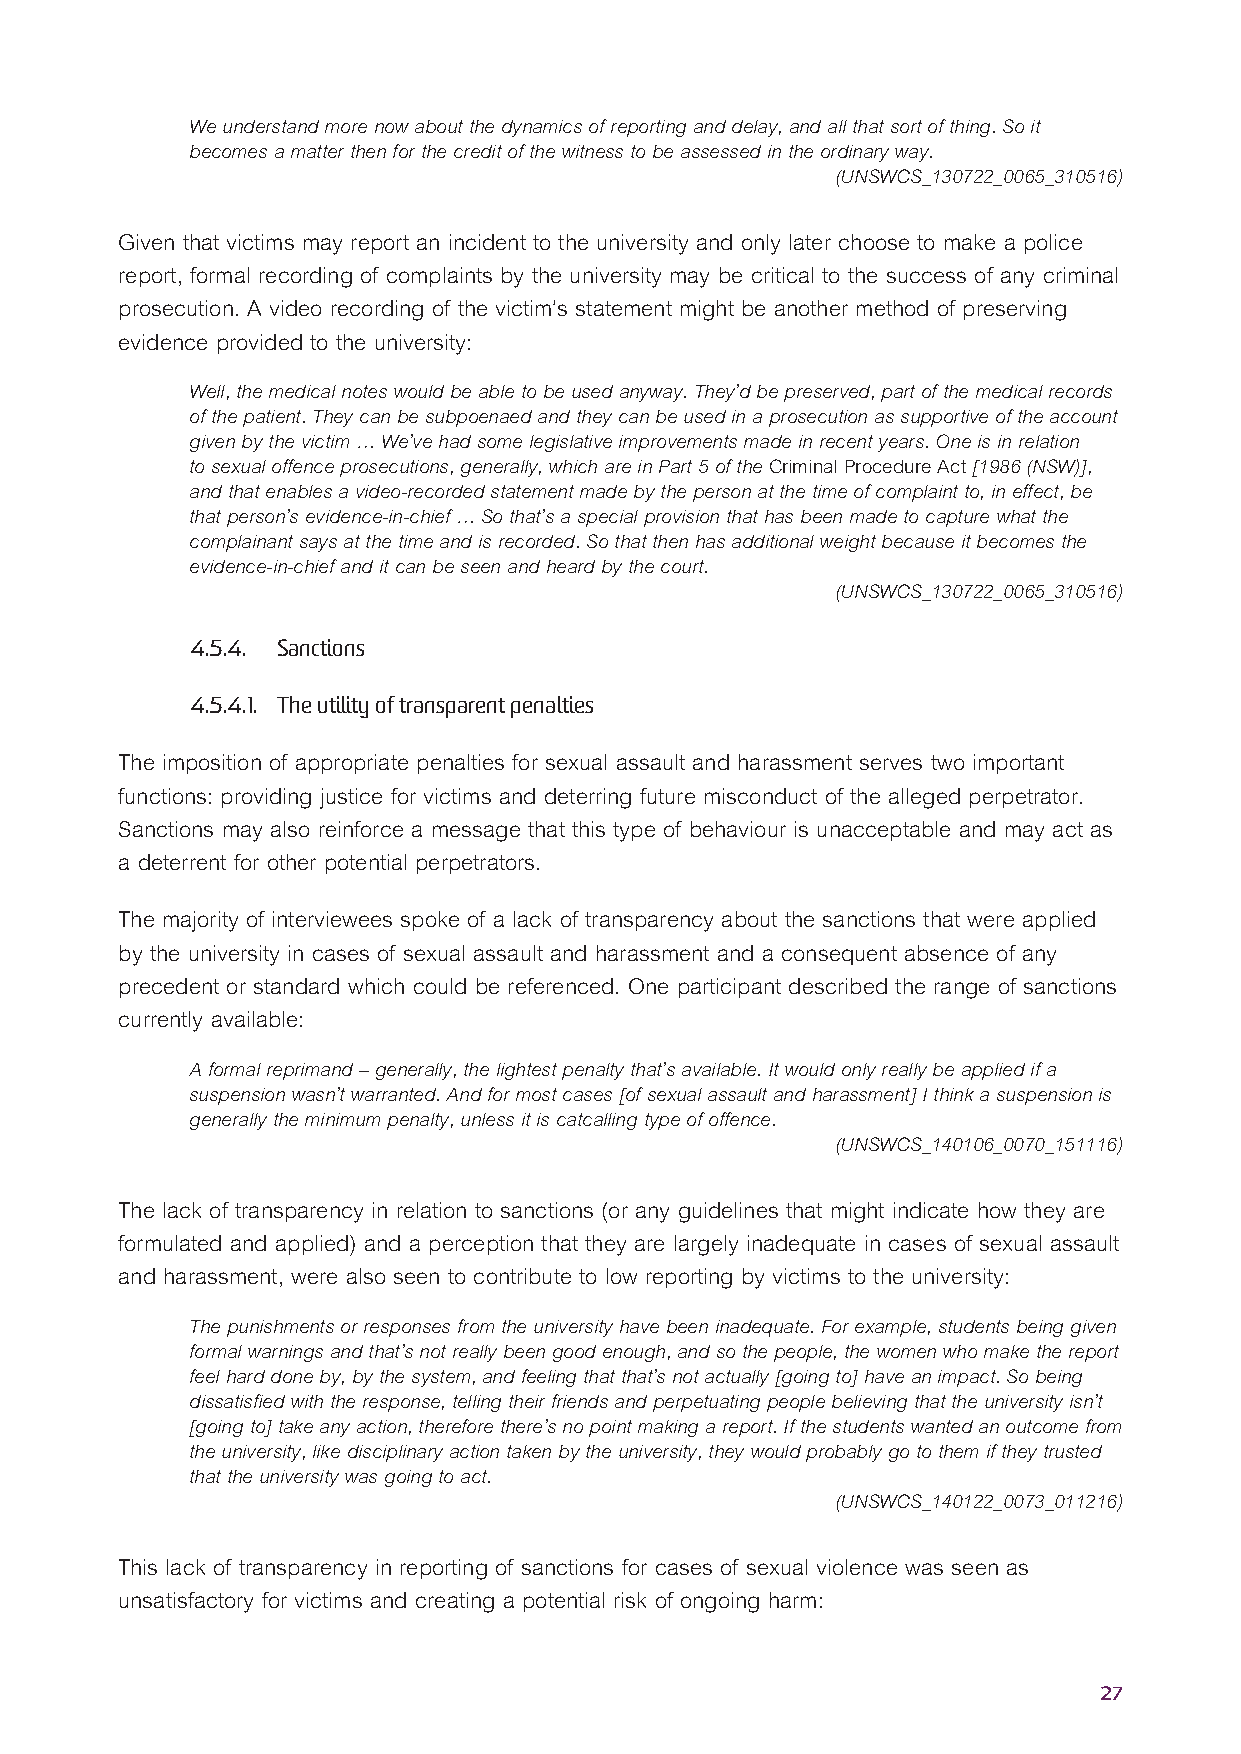
We understand more now about the dynamics of reporting and delay, and all that sort of thing. So it
 becomes a matter then for the credit of the witness to be assessed in the ordinary way.
 (UNSWCS_130722_0065_310516)
 Given that victims may report an incident to the university and only later choose to make a police
 report, formal recording of complaints by the university may be critical to the success of any criminal
 prosecution. A video recording of the victim’s statement might be another method of preserving
 evidence provided to the university:
 Well, the medical notes would be able to be used anyway. They’d be preserved, part of the medical records
 of the patient. They can be subpoenaed and they can be used in a prosecution as supportive of the account
 given by the victim … We’ve had some legislative improvements made in recent years. One is in relation
 to sexual offence prosecutions, generally, which are in Part 5 of the Criminal Procedure Act [1986 (NSW)],
 and that enables a video-recorded statement made by the person at the time of complaint to, in effect, be
 that person’s evidence-in-chief … So that’s a special provision that has been made to capture what the
 complainant says at the time and is recorded. So that then has additional weight because it becomes the
 evidence-in-chief and it can be seen and heard by the court.
 (UNSWCS_130722_0065_310516)
 4.5.4. Sanctions
 4.5.4.1. The utility of transparent penalties
 The imposition of appropriate penalties for sexual assault and harassment serves two important
 functions: providing justice for victims and deterring future misconduct of the alleged perpetrator.
 Sanctions may also reinforce a message that this type of behaviour is unacceptable and may act as
 a deterrent for other potential perpetrators.
 The majority of interviewees spoke of a lack of transparency about the sanctions that were applied
 by the university in cases of sexual assault and harassment and a consequent absence of any
 precedent or standard which could be referenced. One participant described the range of sanctions
 currently available:
 A formal reprimand – generally, the lightest penalty that’s available. It would only really be applied if a
 suspension wasn’t warranted. And for most cases [of sexual assault and harassment] I think a suspension is
 generally the minimum penalty, unless it is catcalling type of offence.
 (UNSWCS_140106_0070_151116)
 The lack of transparency in relation to sanctions (or any guidelines that might indicate how they are
 formulated and applied) and a perception that they are largely inadequate in cases of sexual assault
 and harassment, were also seen to contribute to low reporting by victims to the university:
 The punishments or responses from the university have been inadequate. For example, students being given
 formal warnings and that’s not really been good enough, and so the people, the women who make the report
 feel hard done by, by the system, and feeling that that’s not actually [going to] have an impact. So being
 dissatisfied with the response, telling their friends and perpetuating people believing that the university isn’t
 [going to] take any action, therefore there’s no point making a report. If the students wanted an outcome from
 the university, like disciplinary action taken by the university, they would probably go to them if they trusted
 that the university was going to act.
 (UNSWCS_140122_0073_011216)
 This lack of transparency in reporting of sanctions for cases of sexual violence was seen as
 unsatisfactory for victims and creating a potential risk of ongoing harm:
 27